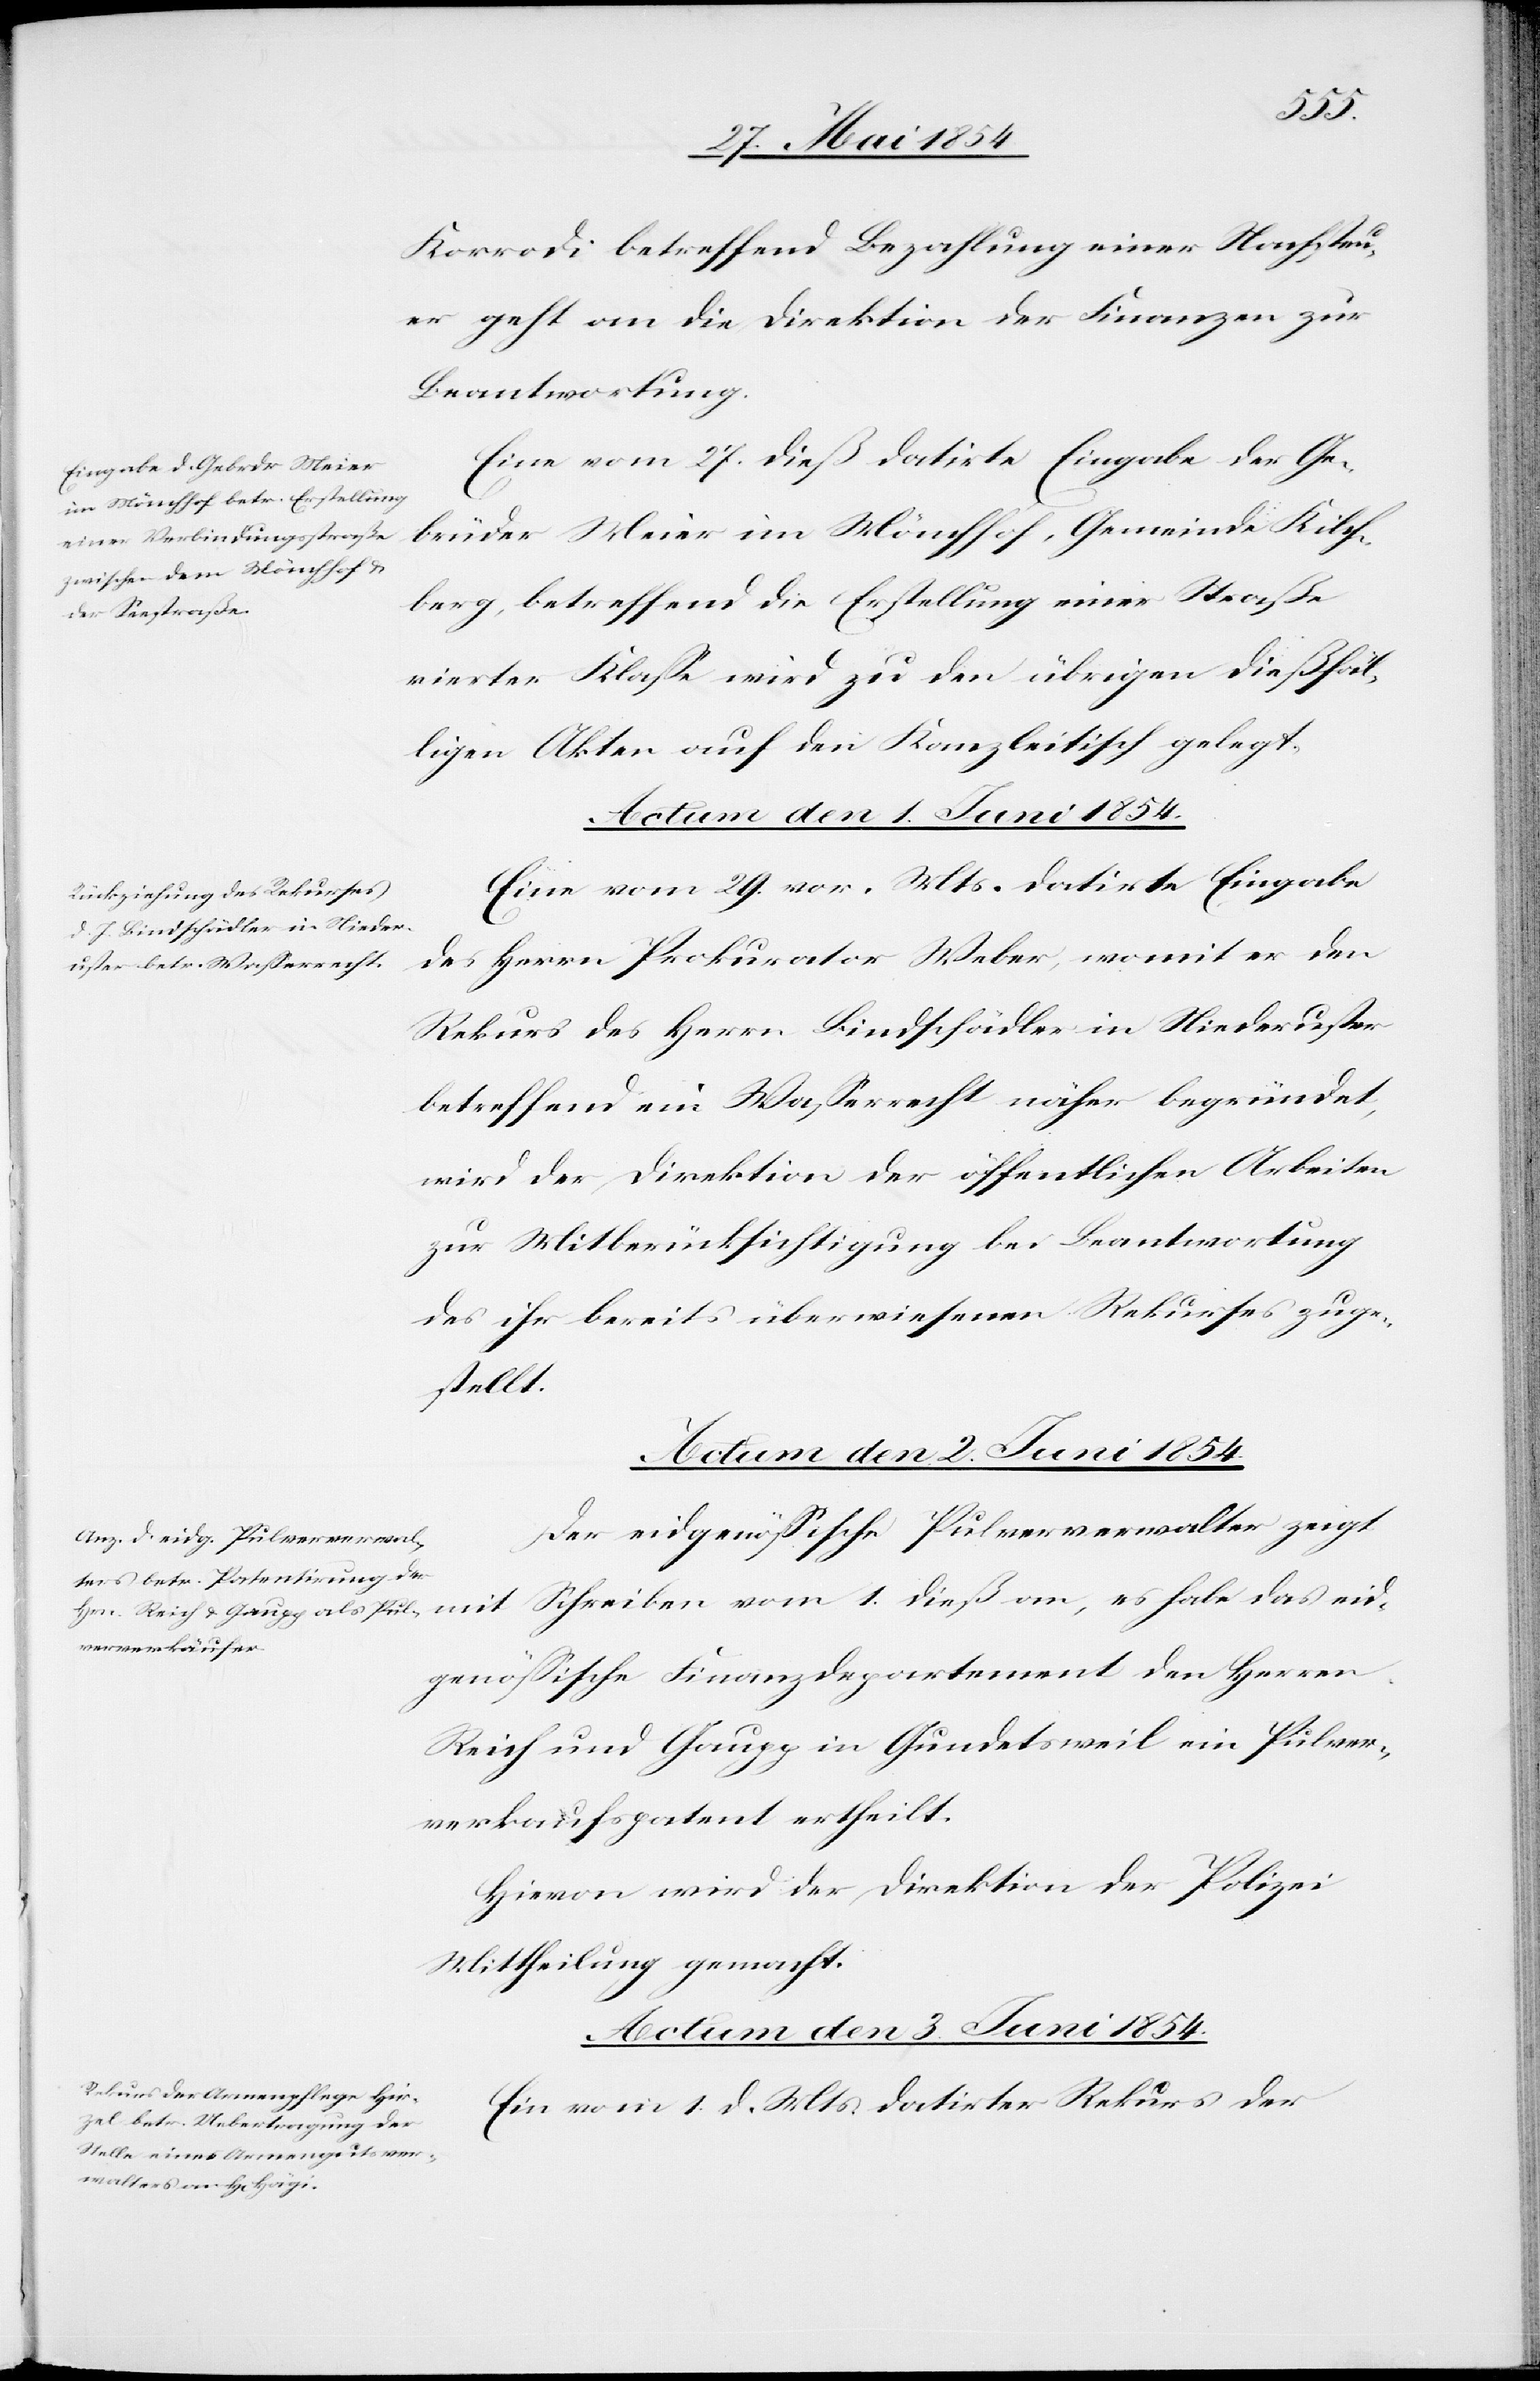
Korrodi betreffend Bezahlung einer Nachsteu¬
er geht an die Direktion der Finanzen zur
Beantwortung.
Eine vom 27. dieß datirte Eingabe der Ge¬
brüder Meier im Mönchhof, Gemeinde Kilch¬
berg, betreffend die Erstellung einer Straße
vierter Klaße wird zu den übrigen dießfäl¬
ligen Akten auf den Kanzleitisch gelegt.
Eine vom 29. vor. Mts. datirte Eingabe
des Herrn Prokurator Weber, womit er den
Rekurs des Herrn Bindschädler in Niederuster
betreffend ein Waßerrecht näher begründet,
wird der Direktion der öffentlichen Arbeiten
zur Mitberücksichtigung bei Beantwortung
des ihr bereits überwiesenen Rekurses zuge¬
stellt.
Actum den 2. Juni 1854.
Der eidgenößische Pulververwalter zeigt
Schreiben vom 1. dieß an, es habe das eid¬
mit
genößische Finanzdepartement den Herren
Reich und Gaupp in Gundetsweil ein Pulver¬
verkaufspatent ertheilt.
Hievon wird der Direktion der Polizei
Mittheilung gemacht.
Actum den 3. Juni 1854.
Ein vom 1. d. Mts datirter Rekurs der